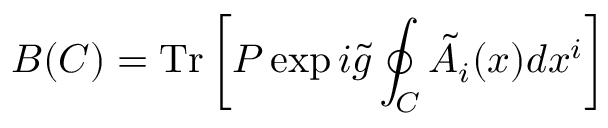
B ( C ) = \mathrm { T r } \left[ P \exp i \tilde { g } \oint _ { C } \tilde { A } _ { i } ( x ) d x ^ { i } \right]